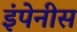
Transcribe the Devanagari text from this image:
इंपेनीस